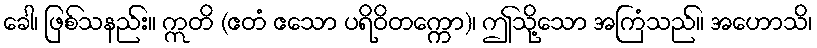
ခေါ၊ ဖြစ်သနည်း။ ဣတိ (ဧတံ ဧသော ပရိဝိတက္ကော)၊ ဤသို့သော အကြံသည်။ အဟောသိ၊